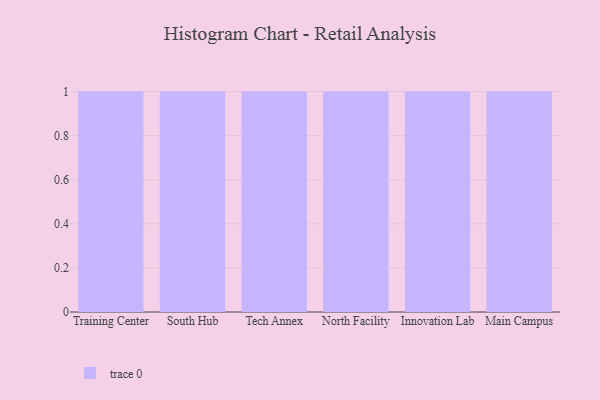
{"axis": {"x": "Campus", "y": "Churn Rate (%)"}, "legend": [""], "data": [{"x": "Training Center", "y": 97, "type": ""}, {"x": "South Hub", "y": 57, "type": ""}, {"x": "Tech Annex", "y": 2, "type": ""}, {"x": "North Facility", "y": 34, "type": ""}, {"x": "Innovation Lab", "y": 7, "type": ""}, {"x": "Main Campus", "y": 1, "type": ""}]}